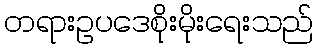
တရားဥပဒေစိုးမိုးရေးသည်